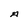
Character: A